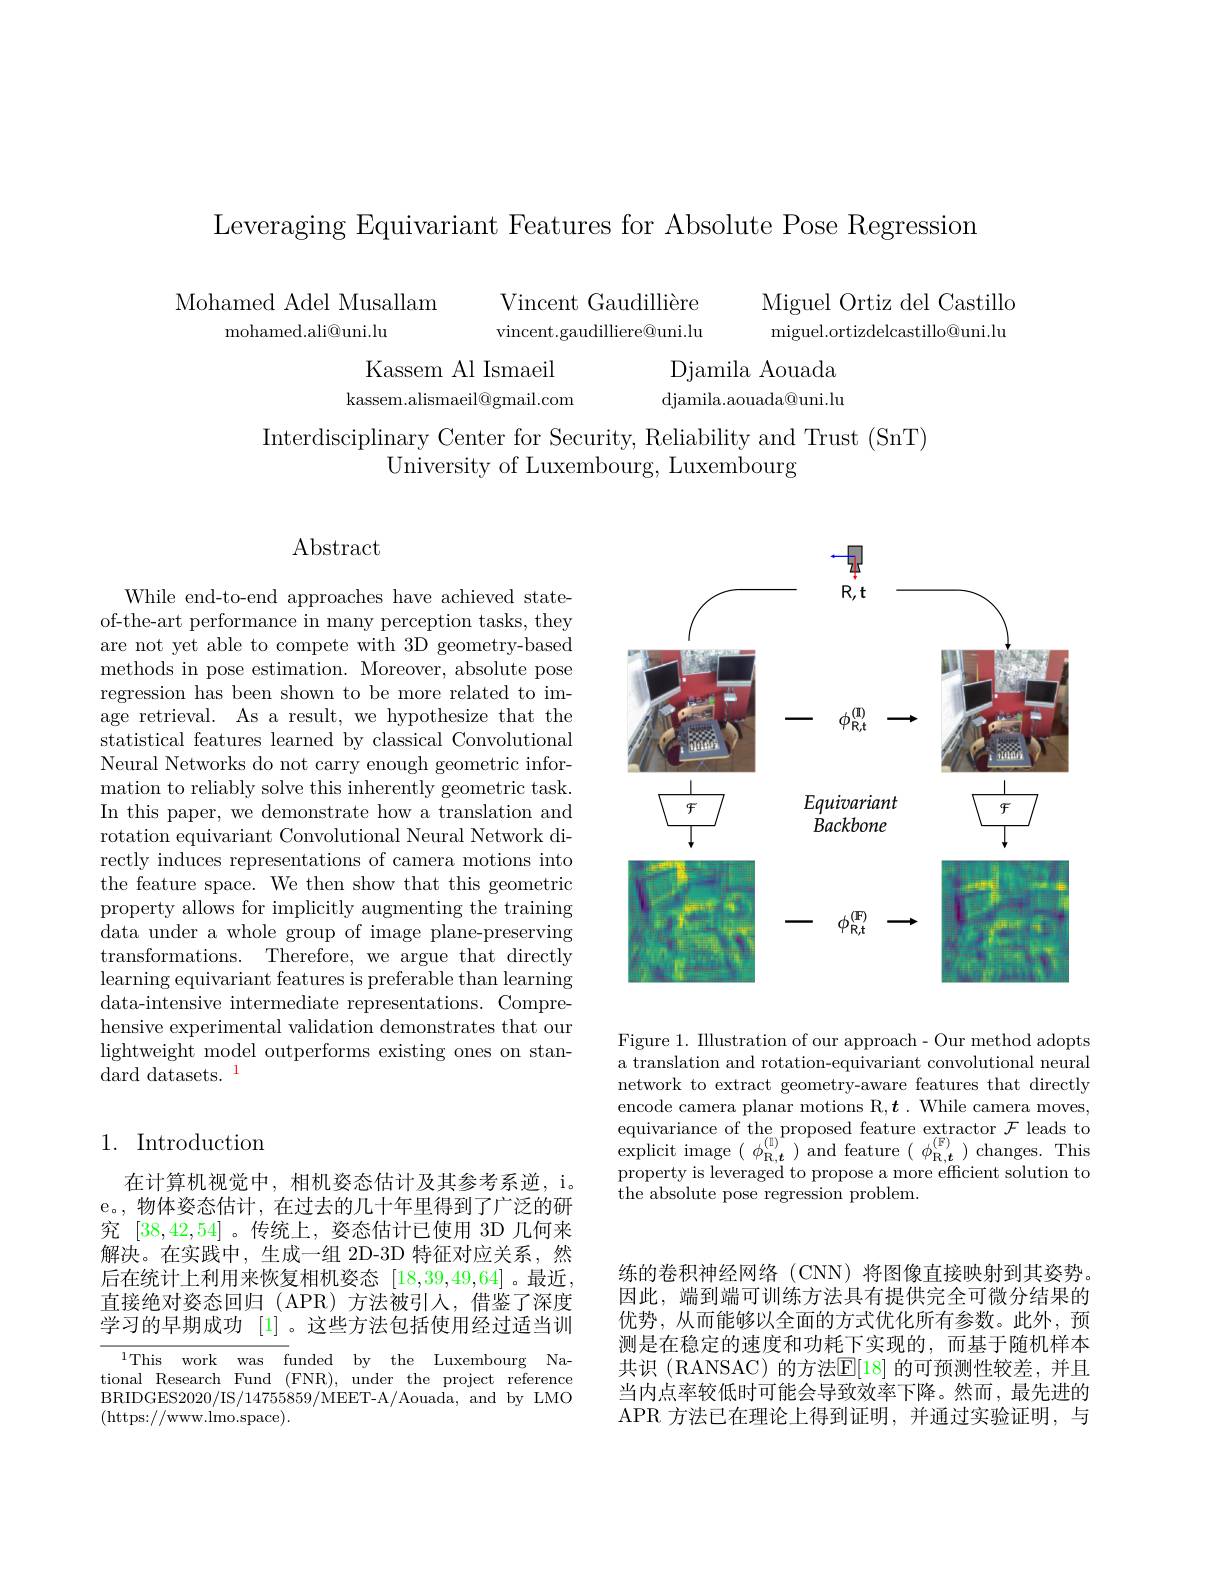
Leveraging Equivariant Features for Absolute Pose Regression

$\begin{array}{cc}\text{Mohamed Adel Musallam}&\text{Vincent Gaudillière}&\text{Miguel Ortiz del Castilllo}\\\text{mohamed.ali@uni.lu}&\text{vincent.gaudilliere@uni.lu}&\text{miguel.ortizdelcastillo@uni.lu}\\\text{Kassem Al Ismaeil}&\text{Djamila Aouada}\\\text{kassem.alismaeil@gmail.com}&\text{djamila.aouada@uni.lu}\end{array}$

Interdisciplinary Center for Security, Reliability and Trust (SnT)
University of Luxembourg, Luxembourg

$\operatorname{Abstract}$

While end-to-end approaches have achieved stateof-the-art performance in many perception tasks, they are not yet able to compete with 3D geometry-based methods in pose estimation. Moreover, absolute pose regression has been shown to be more related to image retrieval. As a result, we hypothesize that the statistical features learned by classical Convolutional Neural Networks do not carry enough geometric information to reliably solve this inherently geometric task. In this paper, we demonstrate how a translation and rotation equivariant Convolutional Neural Network directly induces representations of camera motions into the feature space. We then show that this geometric property allows for implicitly augmenting the training data under a whole group of image plane-preserving transformations. Therefore, we argue that directly learning equivariant features is preferable than learning data-intensive intermediate representations. Comprehensive experimental validation demonstrates that our lightweight model outperforms existing ones on stan- ${\mathrm{dard~datasets.}}^{1}$

## 1. Introduction

在计算机视觉中，相机姿态估计及其参考系逆，i。e。,物体姿态估计，在过去的几十年里得到了广泛的研究[38,42,54] 。传统上，姿态估计已使用 3D 几何来解决。在实践中，生成一组 2D-3D 特征对应关系，然后在统计上利用来恢复相机姿态[18,39,49,64] 。最近直接绝对姿态回归(APR)方法被引入，借鉴了深度学习的早期成功 [1] 。这些方法包括使用经过适当训

$^{1}$This work was funded by the Luxembourg National Research Fund (FNR), under the project reference BRIDGES2020/IS/14755859/MEET-A/Aouada, and by LMO (https://www.lmo.space)

<FigureHere>

Figure 1. Illustration of our approach- Our method adopts a translation and rotation-equivariant convolutional neural network to extract geometry-aware features that directly encode camera planar motions R,$\boldsymbol{t}.$ While camera moves, equivariance of the proposed feature extractor $\mathcal{F}$ leads to explicit image $(\begin{array}{c}\phi_{\mathrm{R,t}}^{(\mathrm{I})}\end{array})$and feature $(\begin{array}{c}\phi_{\mathrm{R,t}}^{(\mathrm{F})}\end{array})$changes.This property is leveraged to propose a more effcient solution to the absolute pose regression problem

练的卷积神经网络(CNN)将图像直接映射到其姿势。因此，端到端可训练方法具有提供完全可微分结果的优势，从而能够以全面的方式优化所有参数。此外，预测是在稳定的速度和功耗下实现的，而基于随机样本共识 (RANSAC) 的方法$\mathbb{E}[18]$ 的可预测性较差，并且当内点率较低时可能会导致效率下降。然而，最先进的APR 方法已在理论上得到证明，并通过实验证明，与